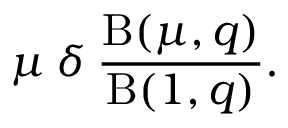
\mu \: \delta \: \frac { \mathrm { B } ( \mu , q ) } { \mathrm { B } ( 1 , q ) } .